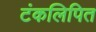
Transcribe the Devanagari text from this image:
टंकलिपित